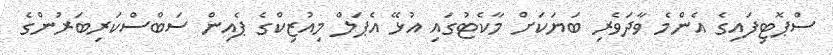
ސްޕޮޓިފައިގެ އެންމެ ވާދަވެރި ބަޔަކަށް މާކެޓުގައި އުޅޭ އެޕަލް މިއުޒިކްގެ ޕެއިން ސަބްސްކަރިބަރުންގެ